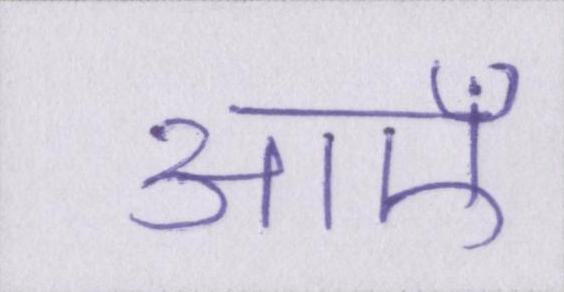
आएँ